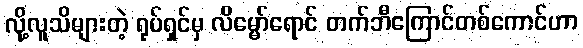
လို့လူသိများတဲ့ ရုပ်ရှင်မှ လိမ္မော်ရောင် တက်ဘီကြောင်တစ်ကောင်ဟာ